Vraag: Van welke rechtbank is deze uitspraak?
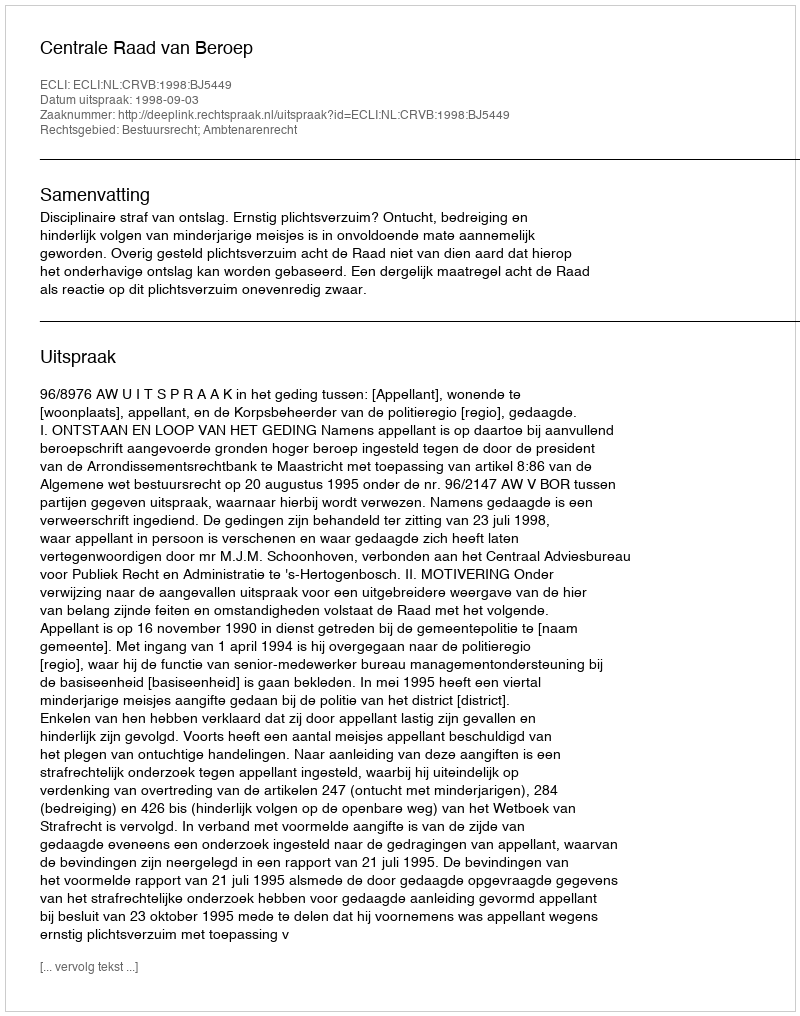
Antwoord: Centrale Raad van Beroep